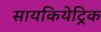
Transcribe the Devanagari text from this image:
सायकियेट्रिक